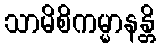
သာမိစိကမ္မာနန္တိ